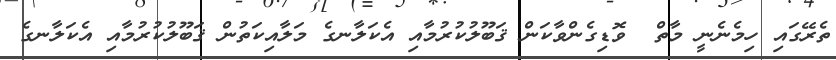
ތެރޭގައި ހިމެނެނީ މާތް  ވޮޑިގެންވާކަން ޤަބޫލުކުރުމާއި އެކަލާނގެ މަލާއިކަތުން ޤަބޫލުކުރުމާއި އެކަލާނގެ